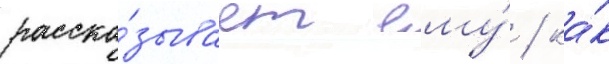
расска́зывает ему́ / ка́к